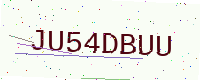
Text: JU54DBUU